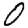
Digit: 0